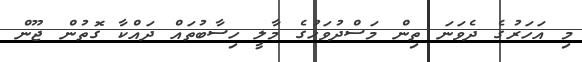
މި އަހަރުގެ ދެވަނަ ތިން މަސްދުވަހުގެ މާލީ ހިސާބުތައް ދައްކާ ގޮތުން ޖޫން